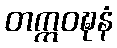
တက္ကဝဍ္ဎနံ